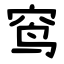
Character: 窎